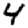
Digit: 4